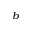
^ b